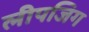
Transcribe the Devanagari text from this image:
लीपजिग